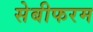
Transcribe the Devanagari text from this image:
सेबीफरम